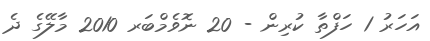
އަހަރު 1 ހަފްތާ ކުރިން - 20 ނޮވެމްބަރ 2010 މާލޭގެ ދެ